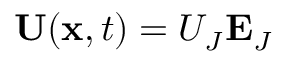
\ \mathbf { U } ( \mathbf { x } , t ) = U _ { J } \mathbf { E } _ { J }